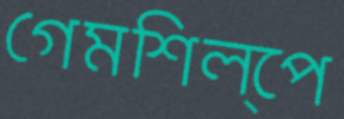
গেমশিল্পে